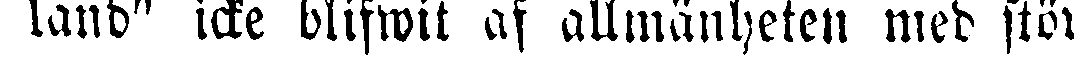
land" icke blifwit af allmänheten med stör